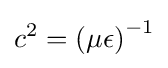
c^{2}=\left(\mu \epsilon \right)^{-1}